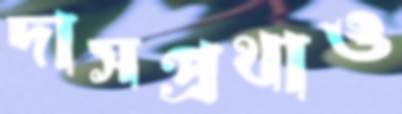
দাসপ্রথাও